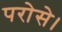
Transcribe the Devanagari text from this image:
परोसे।